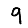
Digit: 9